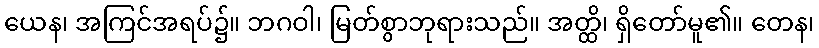
ယေန၊ အကြင်အရပ်၌။ ဘဂဝါ၊ မြတ်စွာဘုရားသည်။ အတ္ထိ၊ ရှိတော်မူ၏။ တေန၊